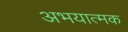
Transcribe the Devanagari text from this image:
अभयात्मक